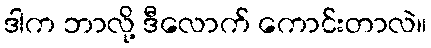
ဒါက ဘာလို့ ဒီလောက် ကောင်းတာလဲ။